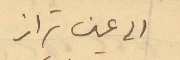
الى عين تراز